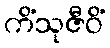
ကိံသုဇီဝိံ